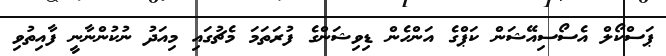
ޕަސްކޯލް އެސޯސިއޭޝަން ކަޕްގެ އަންހެން ޑިވިޝަންގެ ފުރަތަމަ މެޗުގައި މިއަދު ނުކުންނާނީ ފާއިތުވި